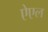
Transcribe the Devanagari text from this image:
ऐएल